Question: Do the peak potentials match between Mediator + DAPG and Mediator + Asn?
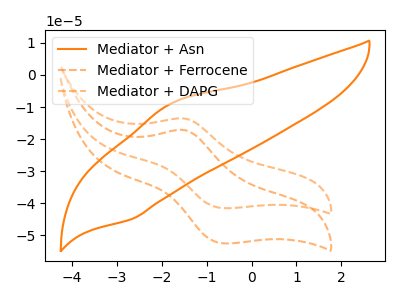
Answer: <think>The orange curve "Mediator + Asn" has an anodic peak at (-1.80V, -8.85uA) and a cathodic peak at (-2.65V, -44.90uA). The orange dashed curve "Mediator + Ferrocene" has an anodic peak at (-1.50V, -17.15uA) and a cathodic peak at (-0.60V, -52.50uA). The orange dashed curve "Mediator + DAPG" has an anodic peak at (-1.50V, -13.60uA) and a cathodic peak at (-0.60V, -41.55uA).</think>
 <answer>No, "Mediator + DAPG" and "Mediator + Asn" have at least one peak that does not match.</answer>
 <eval>mismatch</eval>